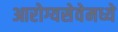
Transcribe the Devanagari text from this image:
आरोग्यसेवेमध्ये